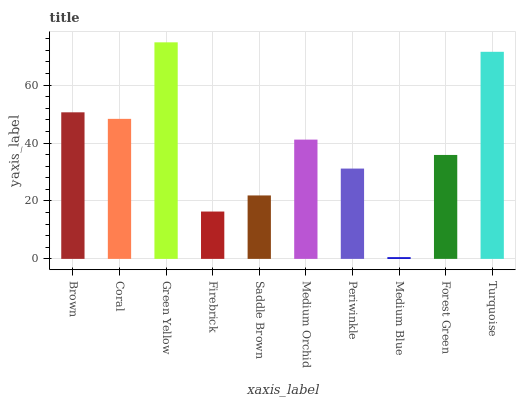
| xaxis_label | bars |
 | --- | --- |
 | Brown | 50.6 |
 | Coral | 48.4 |
 | Green Yellow | 74.8 |
 | Firebrick | 16.3 |
 | Saddle Brown | 21.9 |
 | Medium Orchid | 41.2 |
 | Periwinkle | 31.2 |
 | Medium Blue | 0.58 |
 | Forest Green | 35.9 |
 | Turquoise | 71.5 |